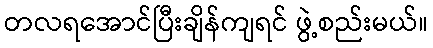
တလရအောင်ပြီးချိန်ကျရင် ဖွဲ့စည်းမယ်။